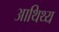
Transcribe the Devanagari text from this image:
आथिथ्य